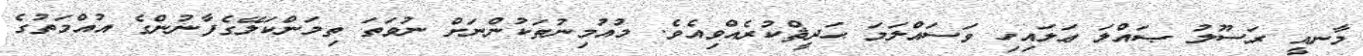
މާނއީ ރަސޫލު ޞައްލަ ޢަލައިިހި ވަސައްލަމަ ޙަދީޘްކުރެއްވިއެވެ. މުއުމިނުތަކުންނަށް ނުވަތަ ތިމަންކަލޭގެފާނުންގެ އުއްމަތުގެ